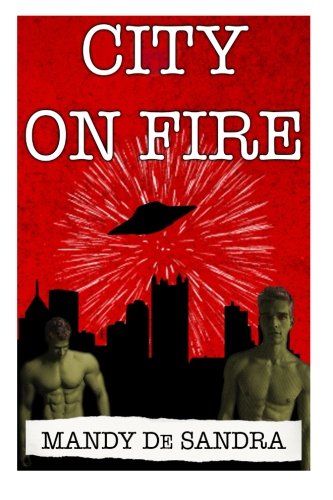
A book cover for City On Fire: A Novelette; Mandy De Sandra; Literature & Fiction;